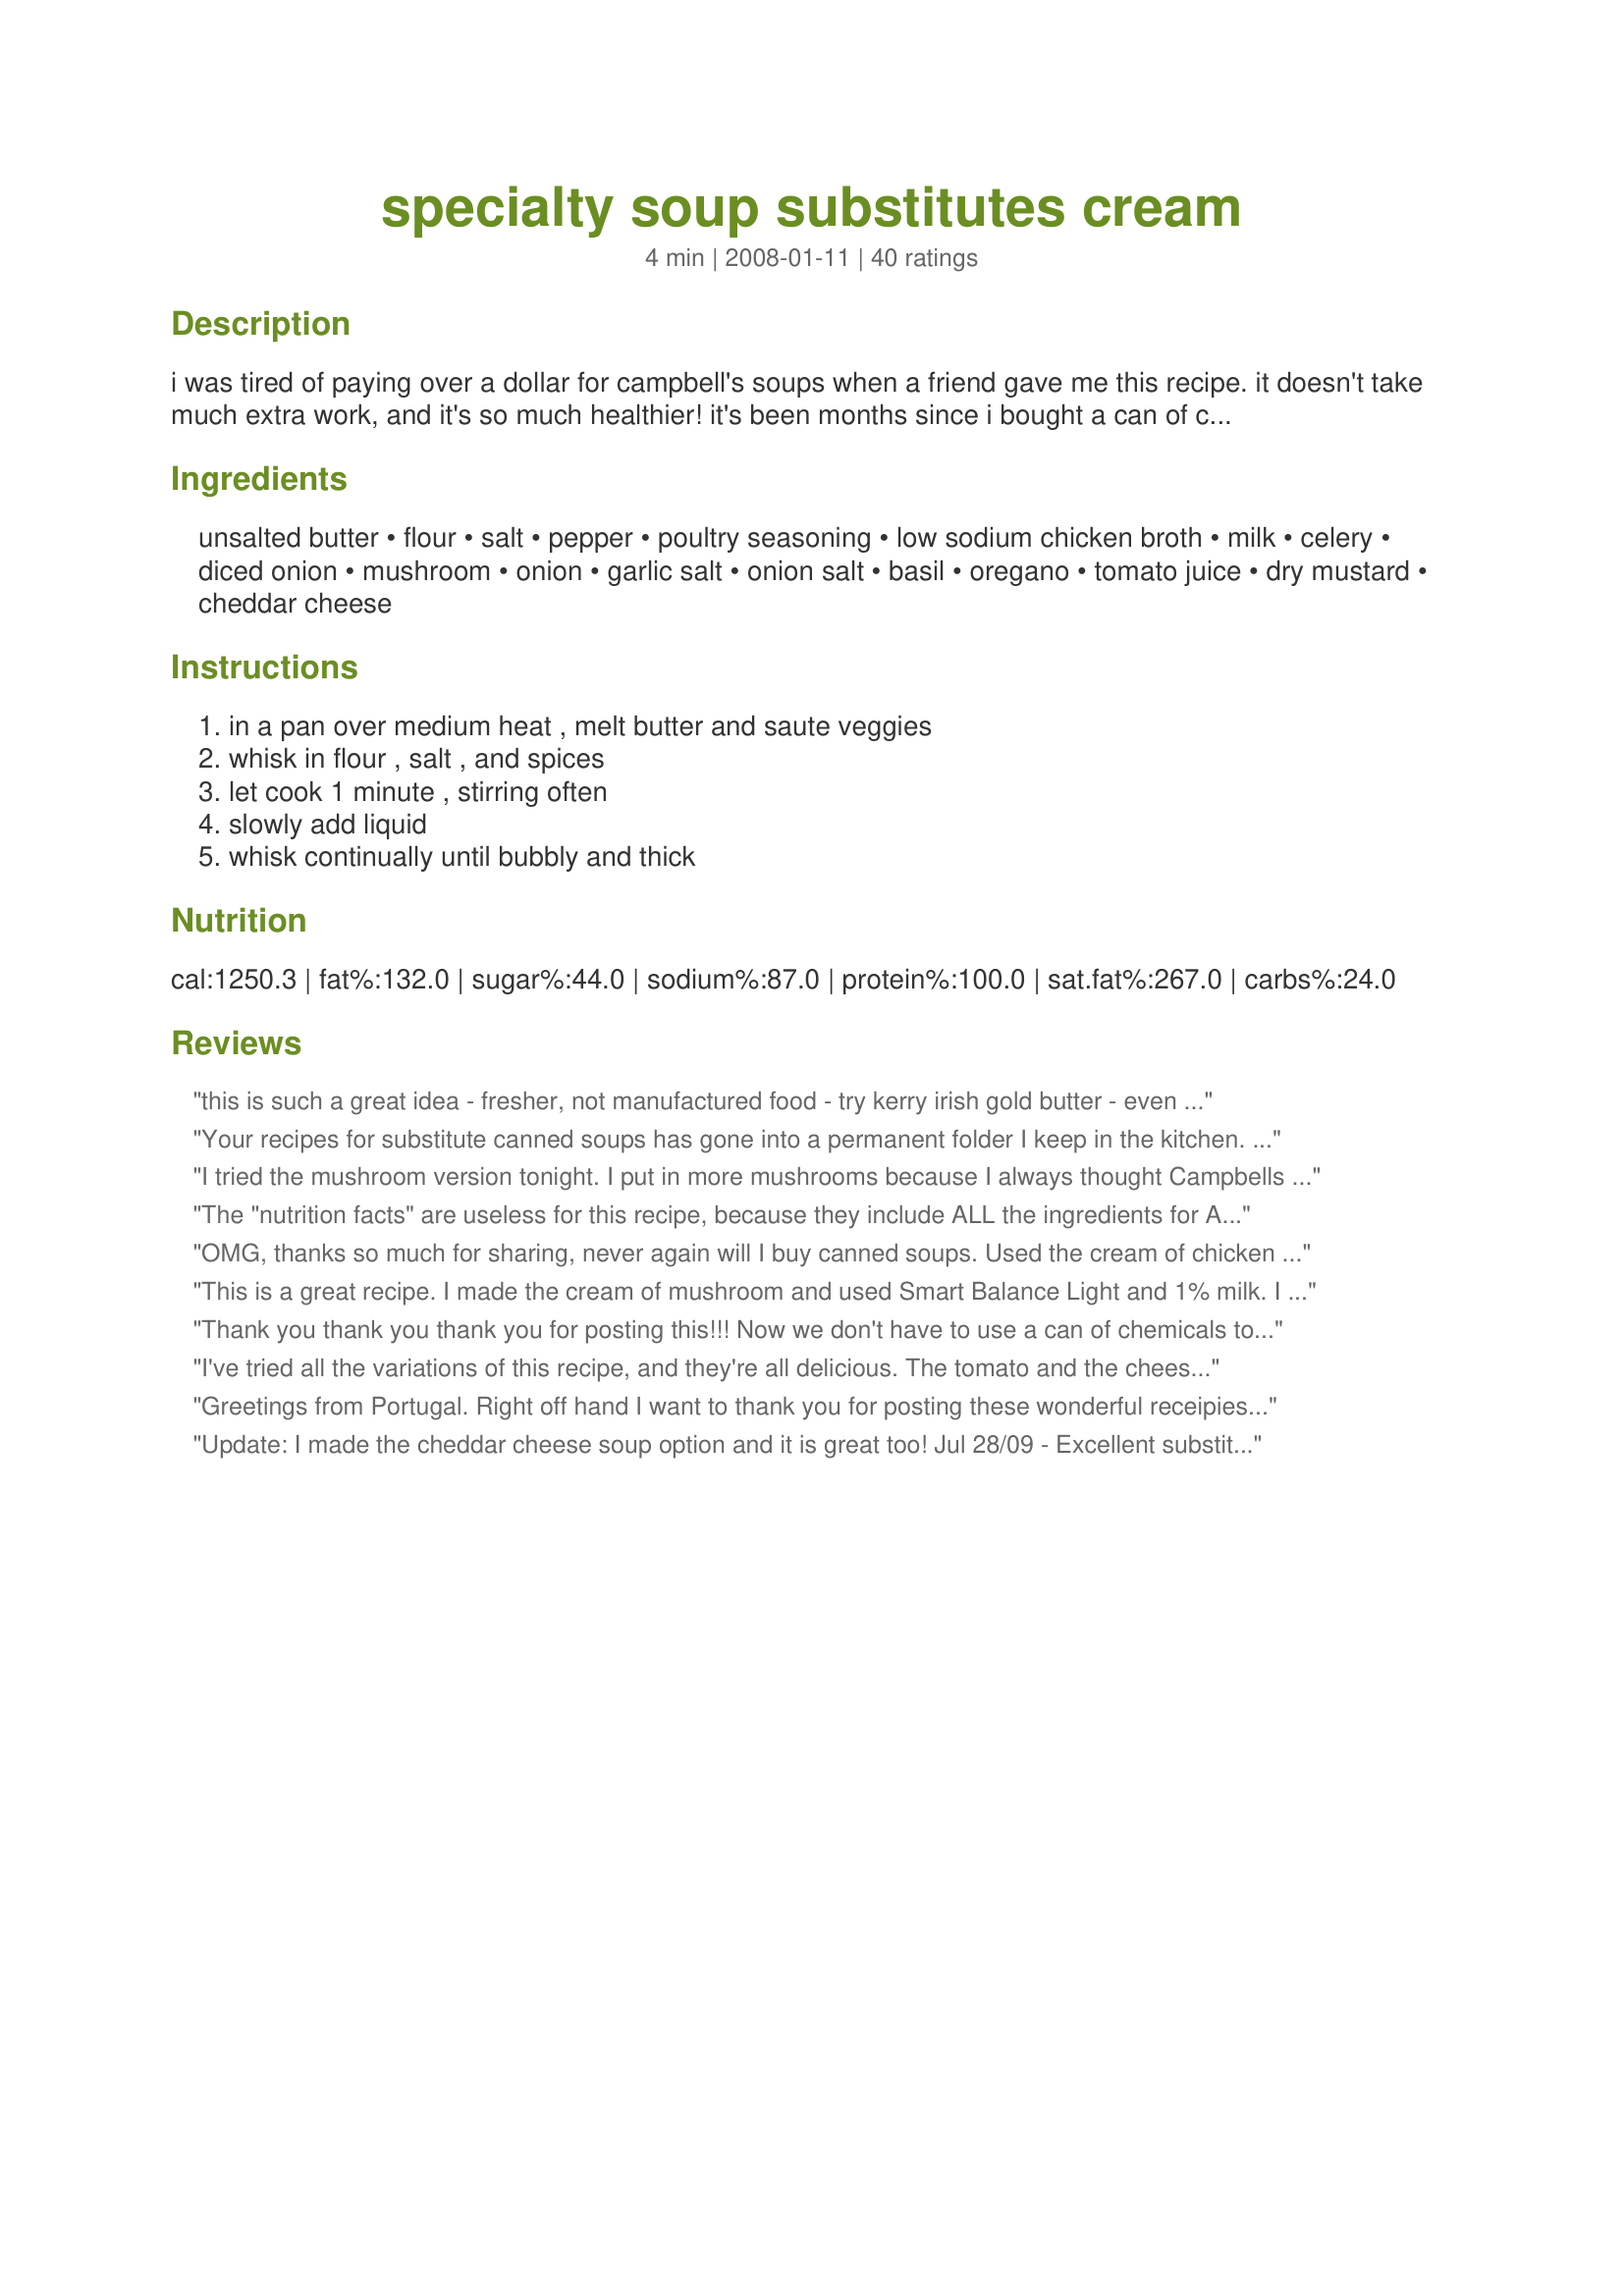
specialty soup substitutes cream
Preparation time: 4 minutes

i was tired of paying over a dollar for campbell's soups when a friend gave me this recipe. it doesn't take much extra work, and it's so much healthier! it's been months since i bought a can of cream of mushroom, cream of chicken, cream of celery, cheddar cheese, or tomato soup... helping my budget and my health at the same time. :)

Ingredients:
unsalted butter, flour, salt, pepper, poultry seasoning, low sodium chicken broth, milk, celery, diced onion, mushroom, onion, garlic salt, onion salt, basil, oregano, tomato juice, dry mustard, cheddar cheese

Steps:
in a pan over medium heat , melt butter and saute veggies, whisk in flour , salt , and spices, let cook 1 minute , stirring often, slowly add liquid, whisk continually until bubbly and thick

Reviews:
this is such a great idea - fresher, not manufactured food -

try kerry irish gold butter - even if it's more expensive - it is delicious and well worth it!
Your recipes for substitute canned soups has gone into a permanent folder I keep in the kitchen. I, too, dislike using canned soups in recipes. Your version works great! Used it the mushroom version last night over some fish. I will sure be using the other versions frequently. Adopted for Spring 2008 PAC.
I tried the mushroom version tonight. I put in more mushrooms because I always thought Campbells didn't put enough in. The sauce was good. However, it didn't seem as thick as what comes out of a can. But that was OK with me. I used it in another recipe and it came out great. I do wonder about the nutrion facts though.
The "nutrition facts" are useless for this recipe, because they include ALL the ingredients for ALL the variations!
OMG, thanks so much for sharing, never again will I buy canned soups. Used the cream of chicken and it was good enough to eat.......lol.
Thanks again
This is a great recipe. I made the cream of mushroom and used Smart Balance Light and 1% milk. I also added a bit more mushroom, splash of white wine and some thyme. This is a keeper, will use often as I really dislike the canned soups.
Thank you thank you thank you for posting this!!! Now we don't have to use a can of chemicals to make casseroles. You can even contril that fat by using 1% or skim milk. Such an easy, inexpensive and healthy alternative to the canned stuff!!! I'm printing this and sticking it inside my pantry door!
I've tried all the variations of this recipe, and they're all delicious. The tomato and the cheese are particularly thick and creamy.
Greetings from Portugal. Right off hand I want to thank you for posting these wonderful receipies. Where I live its hard to find any kind of Cambells soup, so these came in really handy for me!!!!
Thanks unmistakable1.
Update: I made the cheddar cheese soup option and it is great too! Jul 28/09 - Excellent substitute for canned soup. I made the Cream of Chicken option and it was great. I have made other soup substitutes in the past that contain powdered milk, and while they are also good, your recipe is more economical. (Powdered milk is very costly here.) Thanks for sharing this. I can't wait to try some of the other flavours!
Wow - this is GREAT! I used the mushroom soup in a turkey tetrazzini recipe. I usually don't make recipes that call for the canned junk because it's so bad for you. Thankfully, The Sweets Lady told me about this recipe. I can't wait to see what recipes I can make now!
So glad to have this recipe! With being gluten free, those cream of anything soups are out of the question, and so were a lot of my casserole recipes. With a little tweaking (GF flour and stock), my family and I can now enjoy those classics again! Thanks for sharing!&lt;br/&gt;***EDIT*** I have since made the tomato condensed as written, and should have only had to add 1-11/2 cups liquid, but it was still way too thick. It took 3 cups of liquid to turn the condensed into the consistency of canned once thinned. It also needed a slightly richer tomato flavor. Next time, I will start with only half the base, and add tomato paste and sauce rather than juice. I will play with it and let you know. :)
Is the recipe as written the equivalent of the CONDENSED version of these soups? BTW, thanks for sharing the variations.
This recipe is AMAZING! I made the cream of mushroom tonight and used Smart Balance Light, skim milk, and whole wheat flour...Then smothered the soup over filets of salmon. DELISH! 
Thank you for this wonderful recipe!
Thank you for posting this. I was looking for other "mushroom" recipes and this is perfect for our favorite soup. My DH cannot have Campbell's or any other variety of "canned" cream of ___ soups. The only thing we can figure is that they have a preservative that tears up his tummy. This will fit the bill to eliminate the "other things" they put in that are not nice.
This was Great. I made the Cream of Mushroom variation. This turned out better than canned! Thank you for the recipe!
Using this recipe, I've made cream of chicken, cream of mushroom, and cheddar cheese soups for cooking. It has saved me so much money and the results are spectacular. Never going back to buying high sodium, mystery ingredient-filled canned soups!
I used the Cream of Chicken for Recipe #399700 and Cheddar Cheese Soup (substituting Cheddar with Velveeta) for Recipe #414232. They both came out great :) . I also keep a copy of this in my kitchen for quick reference. Thanks for posting this.
I used this recipe for cream of chicken soup for a casserole and it was easy and delicious. I used everything as stated except added 1 c milk and 1 tsp of chicken base since I didn&#039;t have chicken broth on hand. Can&#039;t wait to try the other varieties.
Tried the ~Cream of Mushroom~ To this one I suggest a little soy sauce to add some great rich color. Be sure to adjust the salt accordingly.
This was really great! I made the cheese version for use in Recipe #172677, and I will definitely try the others. I used skim milk and Smart Balance and it still worked like a charm, Thanks for posting!
So glad to find this! I happened upon it from someone else's page. Hubby is lactose intolerant so I have avoided recipes that call for soup. Now I have an alternative!!
Wow, I am SO glad I found this! What an easy way to get the "soup" mix, good...and easy on the budget too. Thanks for posting unmistakable.
These are great. I love how I can avoid the extra salt and additives that commercially made soups have... at a fraction of the cost! I have these recipes taped to the inside of my pantry cupboard for quick reference!
I can visualize making a lower fat lower sodium versions here too. thank you so much for sharing this DIY Stable.
This is so awesome! I am always buying cream of chicken and sometimes cheddar cheese soups and they are so expensive! Thanks so much!
I use these all the time when it calls for "Cream Of" soups, and I am so glad I ran across this!
These are great substitutes! I used the cream of chicken for my recipe #232482 and it came out wonderfully. Thank you, unmistakable1!
I tried the tomato soup, and while the flavor is nice, it was much too thick. I ended up using double the tomato juice and it was still too thick. We ate it anyway. If I try this again, I will make half the amount of the base.
I did not have cheese soup for a recipe I was making. I looked ip how to make a can if Cheese Souo and this recipe showed up. I was happy to see there was other staple soups added and over the moon at how easy it was to make my cheese soup. Thanks for the recipes.
Great recipe! I only use canned soups for casseroles, etc. so this is handy to have, since I have most of the ingredients for all of the varieties on hand. I made the cream of chicken tonight and will be using them all eventually. Remember, if you want to use these as a bowl of soup, you still have to add water or milk, these are the CONDENSED versions.
Excellent recipe for cream of anything soups, not using any milk powder but fresh milk.
I needed some cream of mushroom soup for a recipe I wanted to do but got to the pantry to find I had none, thank goodness for this recipe, thanks for posting!
I always avoid recipes using any canned cream soup, but not any more! 5 stars for the tomato soup option! I will try the others as well.
Loved this! I just started making my own mixes and saw this recipe and figured I can make my own soups as I use a lot of canned soup. I made the cheese soup and it was wonderful. I loved knowing what was in my soup. It was so easy and quick to make. I will be making the other variations. The soup was nice and thick. Update: Just made the cream of chicken- also very good and so easy to make!
I used the cream of mushroom version in a broccoli casserole and it worked out great. I used double the mushrooms ( since we love 'shrooms) and organic 2% milk. It was thick, creamy and delicious... they only thing it needed was a touch more salt... I hate buying/using canned cream soups, so this was just perfect!!! I can't wait to try all the other "varieties"! Thanks so much for sharing!!!
I used this to make my Recipe #389764 because I needed an extra can of soup and was out. I tried the chicken version and made with skim milk. It turned out delicious and was nice and quick. I'll use this instead of canned soup from now on. Thanks.
I used the cream of chicken in a casserole recipe. It worked wonderfully!
I can't thank you enough for posting this recipe saver!!! Just this week there was a report posted on the net about avoiding canned soups. The cans are lined with a type of plastic that exposure to can cause heart disease ( and here I thought it was all the sodium in the canned soups that was so unhealthy). I don't use canned soups often, but I do have a few recipes that we love that I thought I wouldn't be making any more. So far I've used the chicken and the mushroom and made it 2% organic milk. Who knew you could used a cream of anything soup and have it be healthy. Thank you many times over!!
I tried the cream of chicken and the cheddar cheese versions. They are both amazing! Easy and so much better for you than the store bought varieties. Will never buy the canned junk again! This is so much cheaper to make too!!
